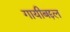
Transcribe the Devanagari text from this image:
गायीबद्दल